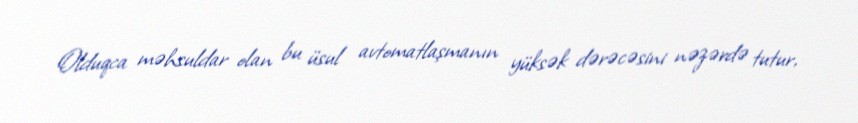
Olduqca məhsuldar olan bu üsul avtomatlaşmanın yüksək dərəcəsini nəzərdə tutur,